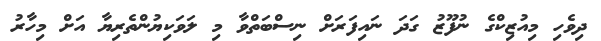
ދިވެހި މިއުޒިކްގެ ނުފޫޒު ގަދަ ނައިފަރަށް ނިސްބަތްވާ މި ލަވަކިޔުންތެރިޔާ އަށް މިހާރު